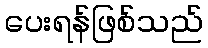
ပေးရန်ဖြစ်သည်